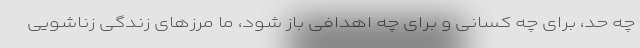
چه حد، برای چه کسانی و برای چه اهدافی باز شود، ما مرزهای زندگی زناشویی